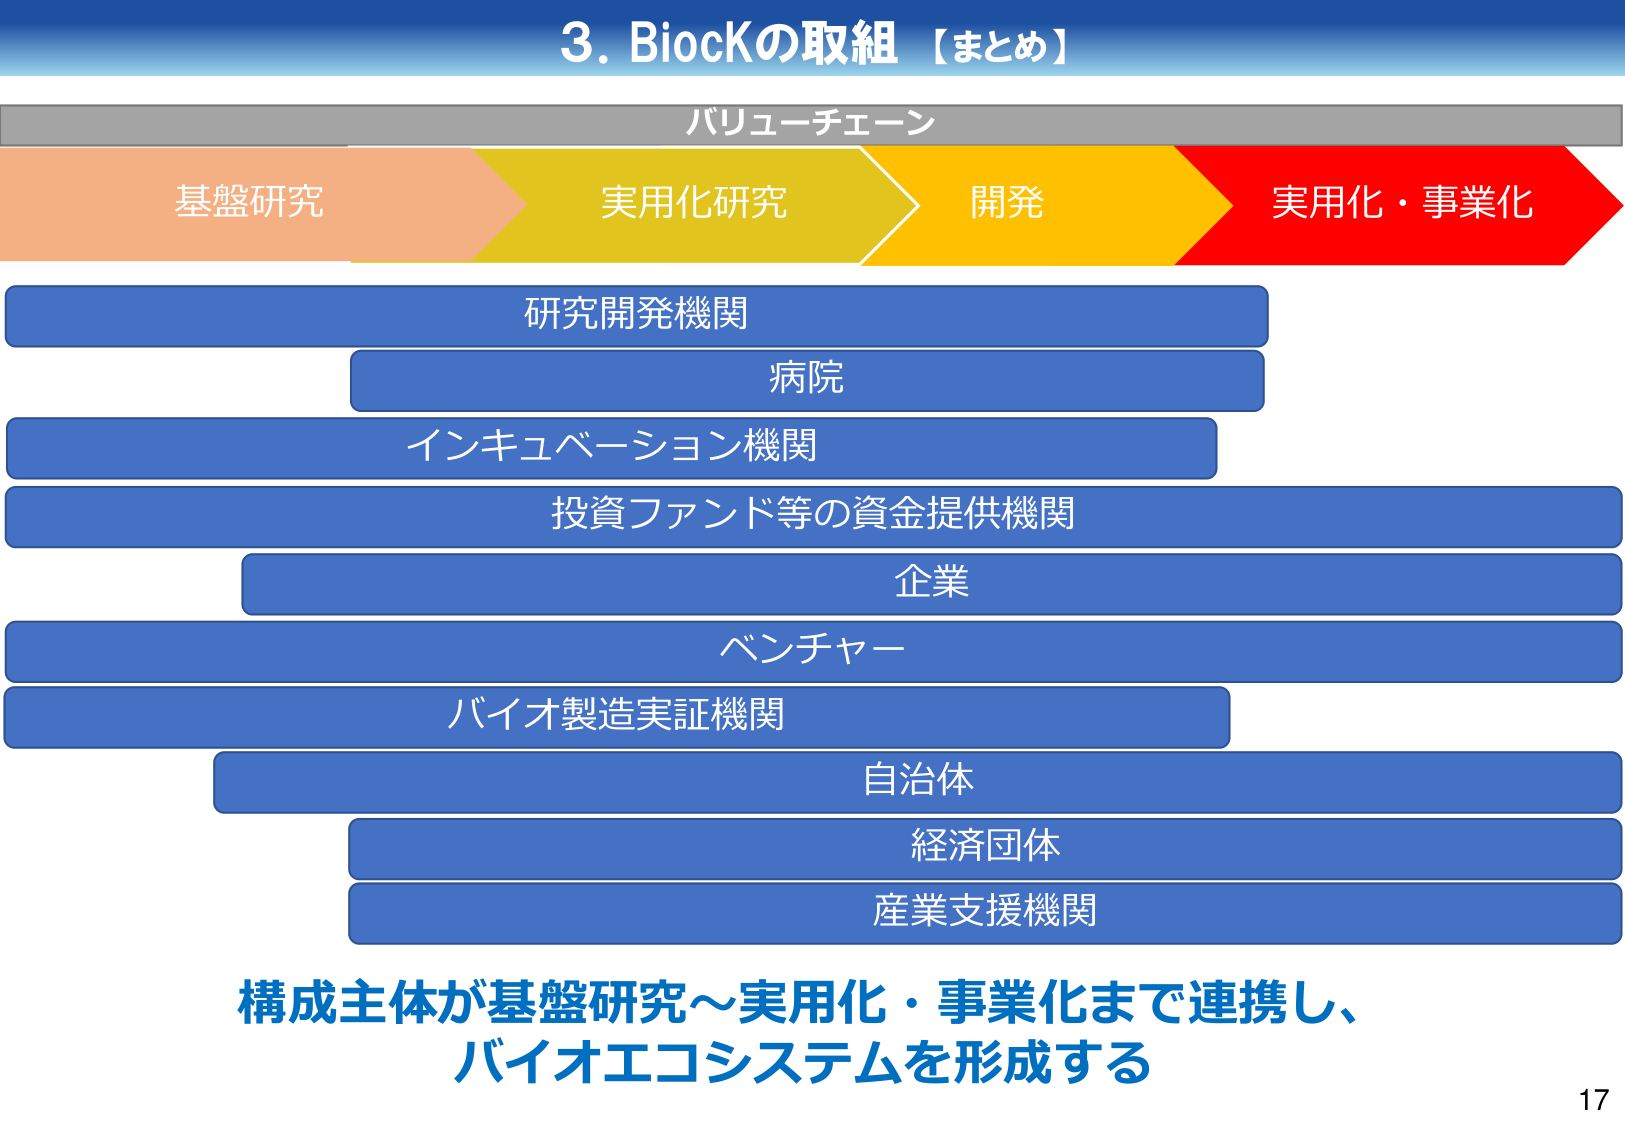
3. BiocKの取組【まとめ】

バリューチェーン

基盤研究　実用化研究　開発　実用化・事業化

研究開発機関
病院
インキュベーション機関
投資ファンド等の資金提供機関
企業
ベンチャー
バイオ製造実証機関
自治体
経済団体
産業支援機関

構成主体が基盤研究～実用化・事業化まで連携し、
バイオエコシステムを形成する

17